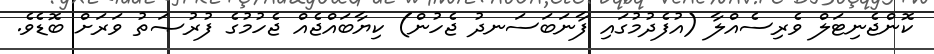
ކޮންޖެނިޓަލް ވެރިސެއްލާ (އުފެދުމުގައި ފާނަބަސަނދު ޖެހުން) ކިޔާބައްޖެއް ޖެހުމުގެ ފުރުޞަތު ވަރަށް ބޮޑެވެ.